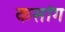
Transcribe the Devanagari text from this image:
कसांग